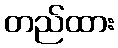
တည်ထား